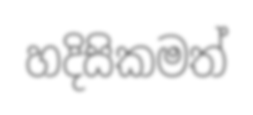
හදිසිකමත්